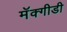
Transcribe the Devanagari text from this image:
मॅक्गीडी